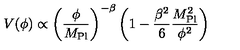
V ( \phi ) \propto \left( \frac { \phi } { M _ { \mathrm { P l } } } \right) ^ { - \beta } \left( 1 - \frac { \beta ^ { 2 } } { 6 } \frac { M _ { \mathrm { P l } } ^ { 2 } } { \phi ^ { 2 } } \right)